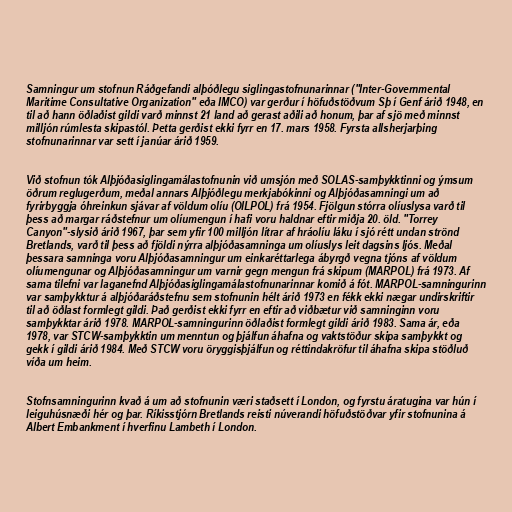
Samningur um stofnun Ráðgefandi alþóðlegu siglingastofnunarinnar ("Inter-Governmental
Maritime Consultative Organization" eða IMCO) var gerður í höfuðstöðvum Sþ í Genf árið 1948, en
til að hann öðlaðist gildi varð minnst 21 land að gerast aðili að honum, þar af sjö með minnst
milljón rúmlesta skipastól. Þetta gerðist ekki fyrr en 17. mars 1958. Fyrsta allsherjarþing
stofnunarinnar var sett í janúar árið 1959.

Við stofnun tók Alþjóðasiglingamálastofnunin við umsjón með SOLAS-samþykktinni og ýmsum
öðrum reglugerðum, meðal annars Alþjóðlegu merkjabókinni og Alþjóðasamningi um að
fyrirbyggja óhreinkun sjávar af völdum olíu (OILPOL) frá 1954. Fjölgun stórra olíuslysa varð til
þess að margar ráðstefnur um olíumengun í hafi voru haldnar eftir miðja 20. öld. "Torrey
Canyon"-slysið árið 1967, þar sem yfir 100 milljón lítrar af hráolíu láku í sjó rétt undan strönd
Bretlands, varð til þess að fjöldi nýrra alþjóðasamninga um olíuslys leit dagsins ljós. Meðal
þessara samninga voru Alþjóðasamningur um einkaréttarlega ábyrgð vegna tjóns af völdum
olíumengunar og Alþjóðasamningur um varnir gegn mengun frá skipum (MARPOL) frá 1973. Af
sama tilefni var laganefnd Alþjóðasiglingamálastofnunarinnar komið á fót. MARPOL-samningurinn
var samþykktur á alþjóðaráðstefnu sem stofnunin hélt árið 1973 en fékk ekki nægar undirskriftir
til að öðlast formlegt gildi. Það gerðist ekki fyrr en eftir að viðbætur við samninginn voru
samþykktar árið 1978. MARPOL-samningurinn öðlaðist formlegt gildi árið 1983. Sama ár, eða
1978, var STCW-samþykktin um menntun og þjálfun áhafna og vaktstöður skipa samþykkt og
gekk í gildi árið 1984. Með STCW voru öryggisþjálfun og réttindakröfur til áhafna skipa stöðluð
víða um heim.

Stofnsamningurinn kvað á um að stofnunin væri staðsett í London, og fyrstu áratugina var hún í
leiguhúsnæði hér og þar. Ríkisstjórn Bretlands reisti núverandi höfuðstöðvar yfir stofnunina á
Albert Embankment í hverfinu Lambeth í London.